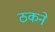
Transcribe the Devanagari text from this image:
ठकने